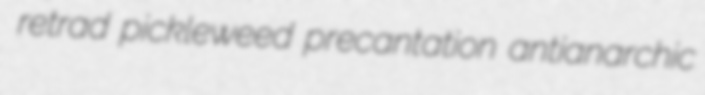
retrad pickleweed precantation antianarchic